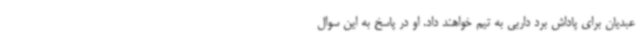
عبدیان برای پاداش برد داربی به تیم خواهند داد. او در پاسخ به این سوال